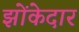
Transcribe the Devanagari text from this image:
झोंकेदार